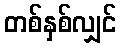
တစ်နှစ်လျှင်